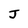
Character: J